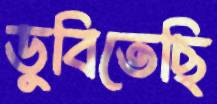
ডুবিতেছি